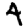
Digit: 4